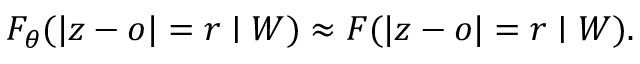
F _ { \theta } ( | z - o | = r \mid W ) \approx F ( | z - o | = r \mid W ) .